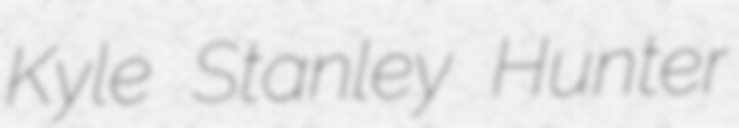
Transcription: Kyle Stanley Hunter